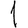
Digit: 1